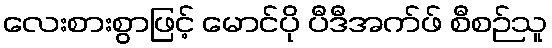
လေးစားစွာဖြင့် မောင်ပို ပီဒီအက်ဖ် စီစဉ်သူ